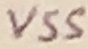
Text: VSS